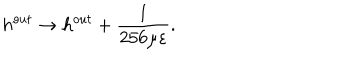
h ^ { o u t } \rightarrow h ^ { o u t } + \frac { 1 } { 2 5 6 \mu \varepsilon } .